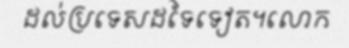
ដល់ប្រទេសដទៃទៀត។លោក